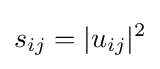
s_{ij}=|u_{ij}|^{2}